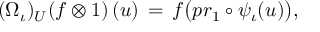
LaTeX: \lefteqn { ( \Omega _ { \iota } ) _ { U } ( f \otimes 1 ) \, ( u ) \, = \, f \big ( p r _ { 1 } \circ \psi _ { \iota } ( u ) \big ) , }